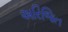
અરિજિત